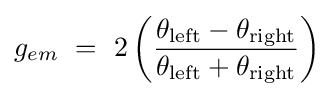
g_{em}\ =\ 2\left({\theta _{\mathrm {left} }-\theta _{\mathrm {right} } \over \theta _{\mathrm {left} }+\theta _{\mathrm {right} }}\right)